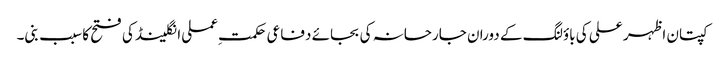
کپتان اظہر علی کی باؤلنگ کے دوران جارحانہ کی بجائے دفاعی حکمت ِعملی انگلینڈ کی فتح کا سبب بنی۔